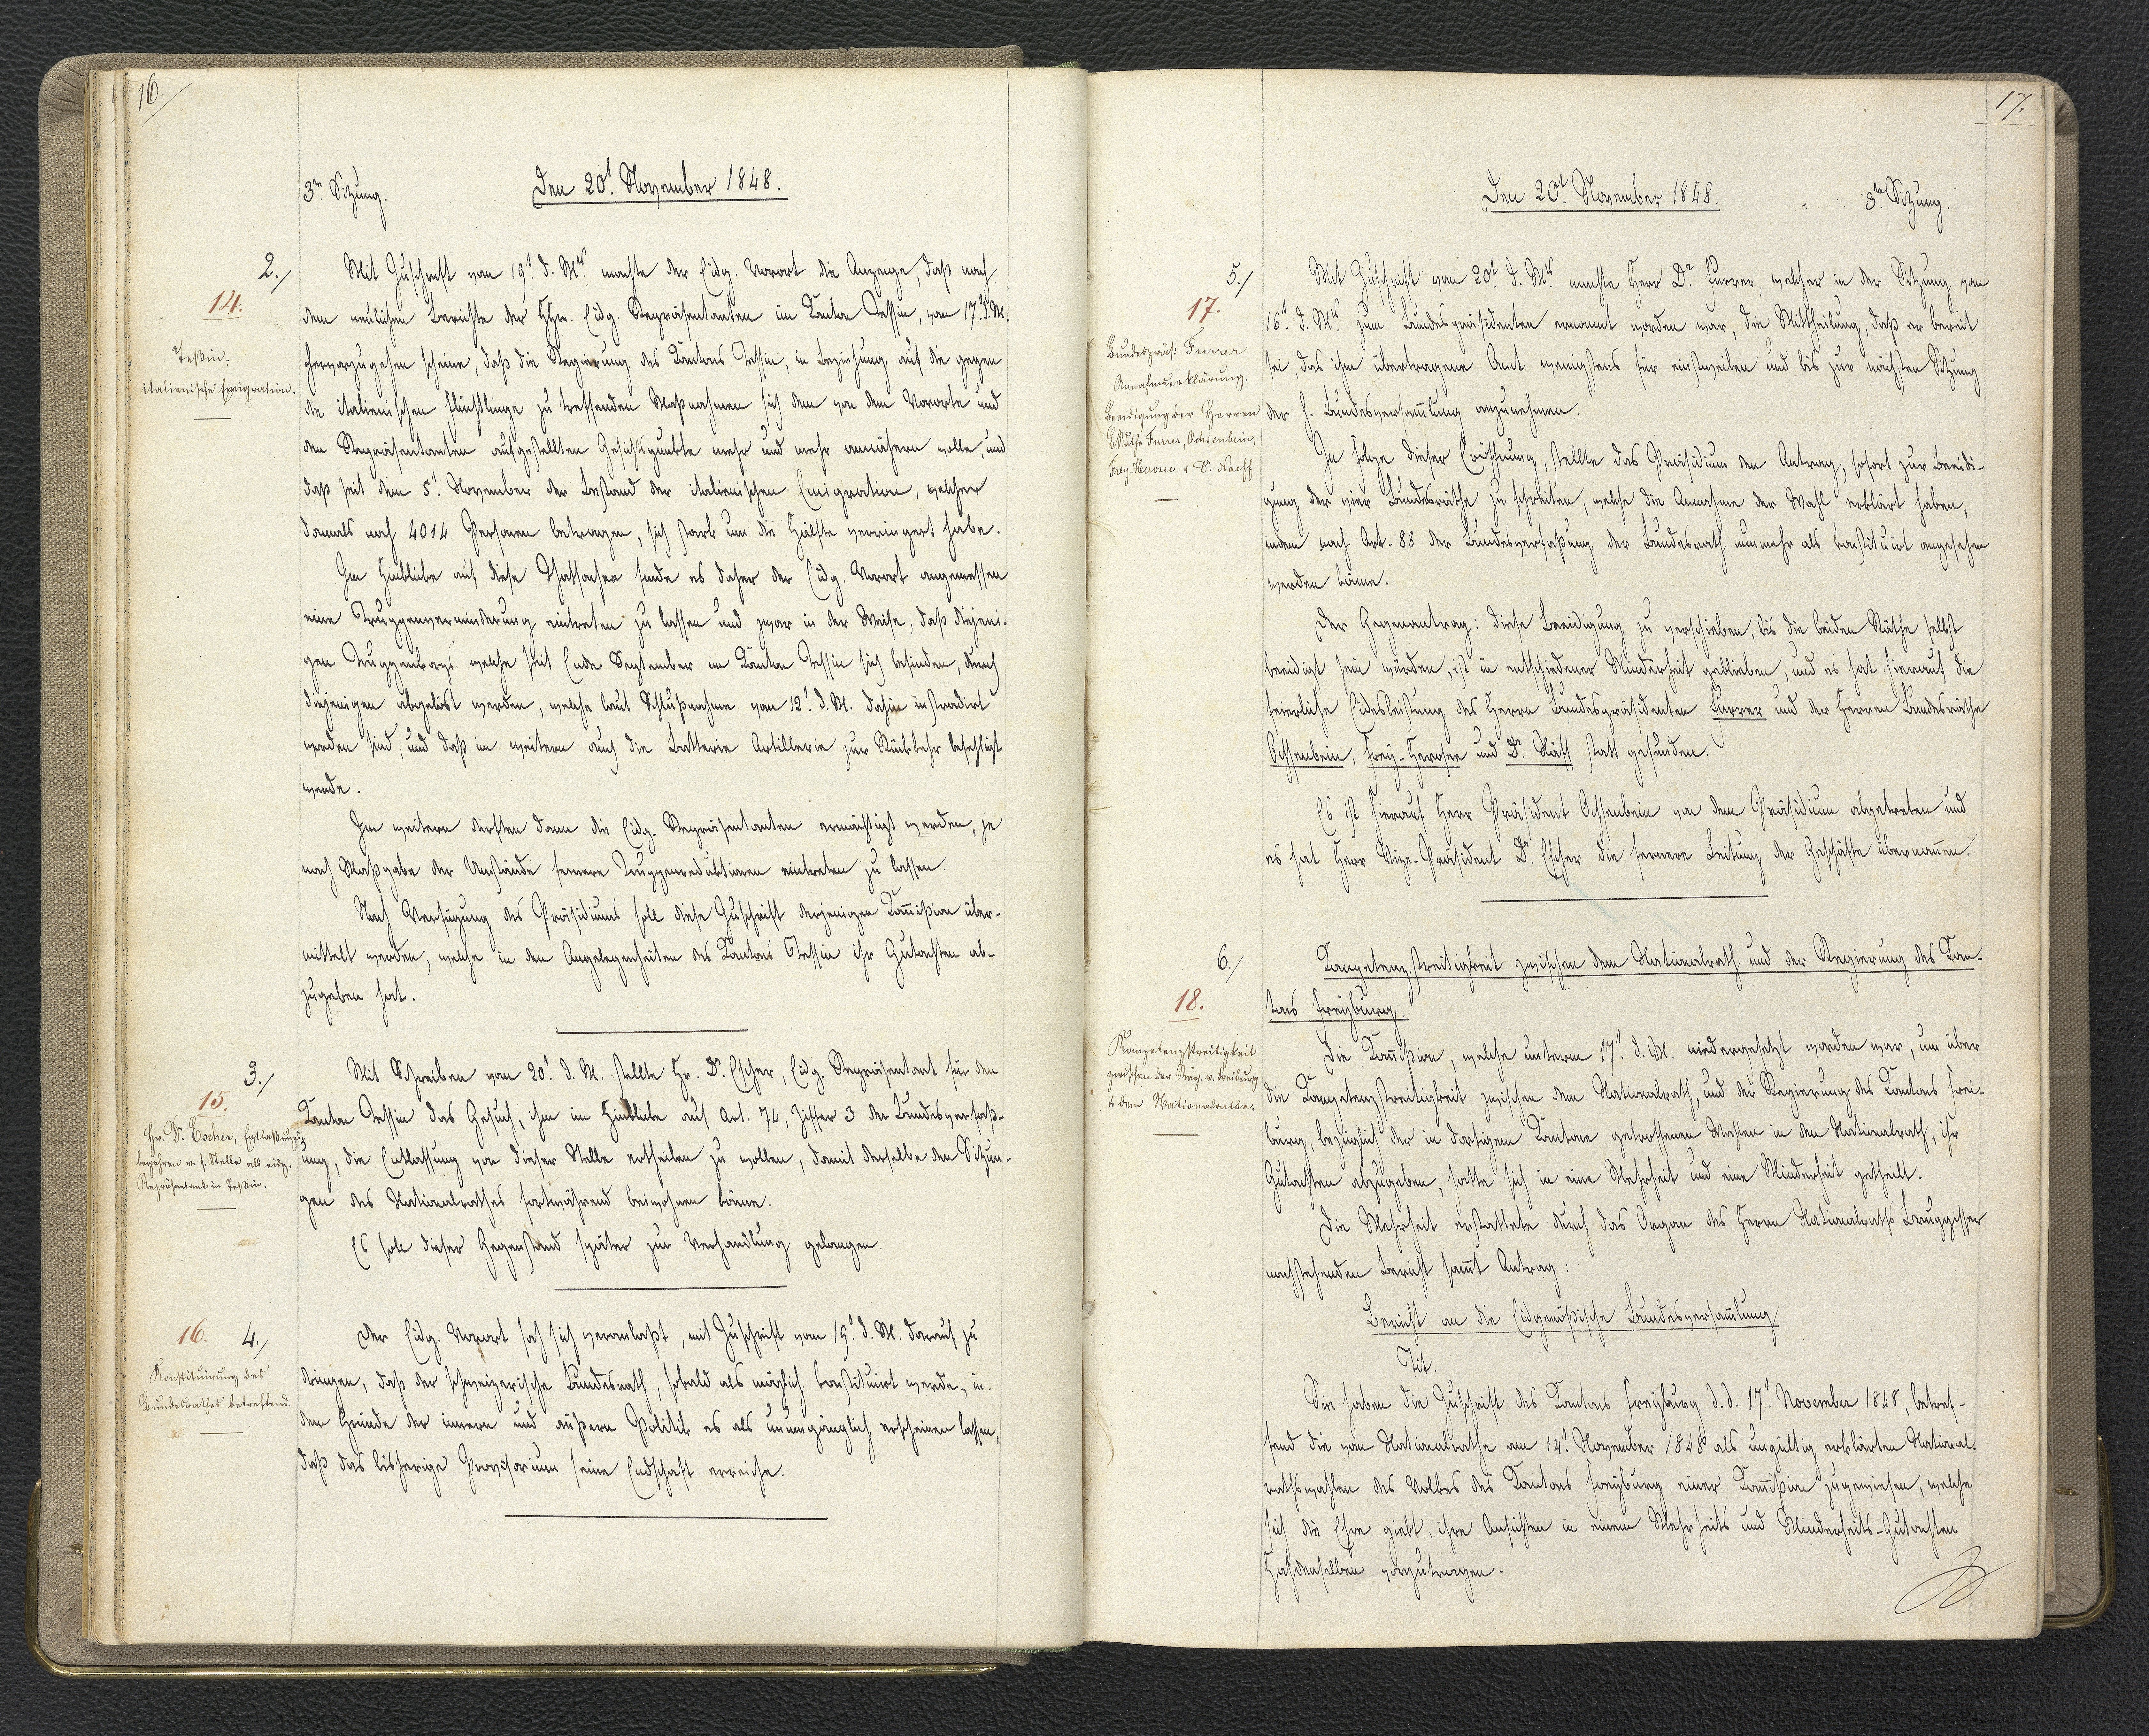
16.

3.te Sitzung.
Den 20.t November 1848.

Mit Zuschrift vom 19.t d. M.ts machte der Eidg. Vorort die Anzeige, daß nach
dem neulichen Berichte der Hhrn. Eidg. Repräsentanten im Kanton Tessin, vom 17.t d. M.
hervorzugehen scheine, daß die Regierung des Kantons Tessin, in Beziehung auf die gegen
die italienischen Flüchtlinge zu treffenden Maßnahmen sich dem von dem Vororte und
den Repräsentanten aufgestellten Gesichtspunkte mehr und mehr annähren wolle, und
daß seit dem 5.t November von Bestand der italienischen Emigranten, welcher
damals noch 4014 Personen betragen, sich stark um die Hälfte verringert habe.
Im Hinblicke auf diese Thatsache finde es daher der Eidg. Vorort angemessen
eine Truppenverminderung eintreten zu lassen und zwar in der Weise, daß diejeni¬
gen Truppenkorps welche seit Ende September im Kanton Tessin sich befinden, durch
diejenigen abgelöst werden, welche laut Schlußnahme vom 12.t d. M. dahin instradirt
worden sind, und daß im weitern auch die Batterie Artillerie zur Rückkehr befehligt
werde.
Im weitern dürften dann die Eidg. Repräsentanten ermächtigt werden, je
nach Maßgabe der Umstände fernere Truppenreduktionen eintreten zu lassen.
Nach Verfügung des Präsidiums soll diese Zuschrift derjenigen Kommission über¬
mittelt werden, welche in den Angelegenheiten des Kantons Tessin ihr Gutachten ab¬
zugeben hat.
Mit Schreiben vom 20.t d. M. stellte Hr. Dr. Escher, Eidg. Repräsentant für den
Kanton Tessin das Gesuch, ihm im Hinblicke auf Art. 74, Ziffer 3 der Bundesverfaß¬
ung, die Entlassung von dieser Stelle ertheilen zu wollen, damit derselbe den Sitzun¬
gen des Nationalrathes fortwährend beiwohnen könne.
Es soll dieser Gegenstand später zur Verhandlung gelangen.
Der Eidg. Vorort sah sich veranlaßt, mit Zuschrift vom 19.t d. M. darauf zu
dringen, daß der schweizerische Bundesrath, sobald als möglich konstituirt werde, in
der Gründe der innern und äußern Politik es als unumgänglich erscheinen lassen,
daß das bisherige Provisorium seine Endschaft erreiche.

2.
14.
Teßin;
italienische Emigration.

3.
15.
Hr. Dr. Escher, Entlaßung,
begehren v. s. Stelle als eidg.
Repräsentant in Teßin.

16.
4.
Konstituirung des
Bundesrathes betreffend.

17.

Den 20.t November 1848.
3.te Sitzung.

Mit Zuschrift von 20.t d. M.ts machte Herr Dr. Furrer, welcher in der Sitzung vom
16.t d. M.ts zum Bundespräsidenten ernannt worden war, die Mittheilung, daß er bereit
sei, das ihm übertragene Amt wenigstens für einstweilen und bis zur nächsten Sitzung
der h. Bundesversammlung anzunehmen.
In Folge dieser Eröffnung, stellte das Präsidium den Antrag, sofort zur Beeidi¬
gung der vier Bundesräthe zu schreiben, welche die Annahme der Wahl erklärt haben,
indem nach Art. 88 der Bundesverfaßung der Bundesrath nunmehr als konstituirt angesehen
werden könne.
Der Gegenantrag: diese Beeidigung zu verschieben, bis die beiden Räthe selbst
beeidigt sein würden, ist in entschiedener Minderheit geblieben, und es hat hierauf die
feierliche Eidesleistung des Herrn Bundespräsidenten Furrer und der Herren Bundesräthe
Ochsenbein, Frey-Herosee und Dr. Näff statt gefunden.
Es ist hierauf Herr Präsident Ochsenbein von dem Präsidium abgetreten und
es hat Herr Vize-Präsident Dr. Escher die fernere Leitung der Geschäfte übernommen.
Kompetenzstreitigkeit zwischen dem Nationalrath und der Regierung des Kan¬
tons Freyburg.
Die Kommißion, welche unterm 17.t d. M. niedergesetzt worden war, um über
die Kompetenzstreitigkeit zwischen dem Nationalrath, und der Regierung des Kantons Frei¬
burg, bezüglich der in dortigem Kantone getroffenen Wahlen in den Nationalrath, ihr
Gutachten abzugeben, hatte sich in eine Mehrheit und eine Minderheit getheilt.
Die Mehrheit erstattete durch das Organ des Herrn Nationalraths Bruggisser
nachstehenden Bericht sammt Antrag:
Bericht an die Eidgenößische Bundesversammlung
Tit.
Sie haben die Zuschrift des Kantons Freyburg d. d. 17.t November 1848, betref¬
fend die vom Nationalrathe am 14.t November 1848 als ungültig erklärte National¬
rahtswahlen des Volkes des Kantons Freyburg einer Kommißion zugewiesen, welche
sich die Ehre giebt, ihre Ansichten in einem Mehrheits und Minderheits-Gutachten
hochdenselben vorzutragen.

5.
17.
Bundespräs: Furrer
Annahmserklärung.
Beeidigung der Herren
B.Räthe Furrer, Ochsenbein,
Frey-Herosee & Dr. Naeff

6.
18.
Kompetenzstreitigkeit
zwischen der xxx v. Freiburg
& dem Nationalrathe.